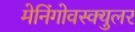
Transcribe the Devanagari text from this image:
मेनिंगोवस्क्युलर